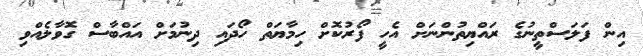
އިން ފަލަސްތީނުގެ ރައްޔިތުންނަށް އެހީ ފޯރުކޮށް ހިމާޔަތް ހޯދައި ދިނުމަށް އައްބާސް ގޮވާލެއްވި